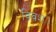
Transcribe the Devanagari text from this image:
विवश।